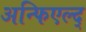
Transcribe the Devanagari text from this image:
अन्फिएल्द्